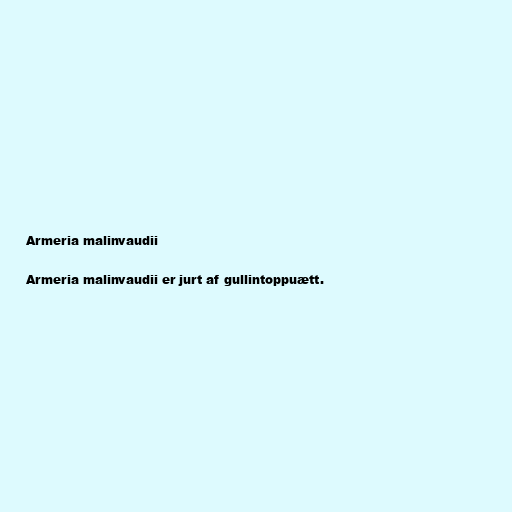
Armeria malinvaudii

Armeria malinvaudii er jurt af gullintoppuætt.